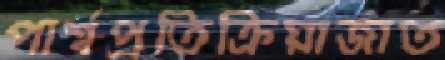
পার্শ্বপ্রতিক্রিয়াজাত